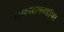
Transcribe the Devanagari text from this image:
शब्दसामर्थ्यावर